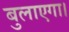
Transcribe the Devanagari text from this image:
बुलाएगा।